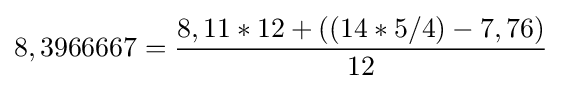
8,3966667={\frac {8,11*12+((14*5/4)-7,76)}{12}}